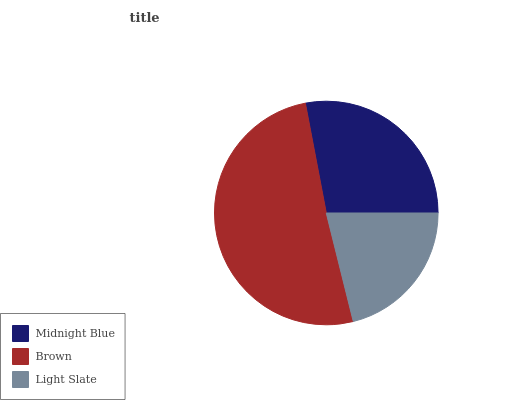
| Midnight Blue | Brown | Light Slate |
 | --- | --- | --- |
 | 28% | 50.9% | 21.1% |